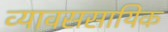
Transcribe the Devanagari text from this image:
व्यावससायिक